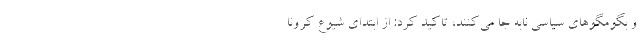
و بگومگوهای سیاسی نابه جا می‌کنند، تاکید کرد: از ابتدای شیوع کرونا